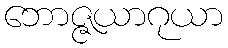
ဘောဇ္ဇယာဂုယာ